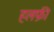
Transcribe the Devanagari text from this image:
हलफ़ी